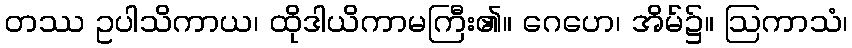
တဿ ဥပါသိကာယ၊ ထိုဒါယိကာမကြီး၏။ ဂေဟေ၊ အိမ်၌။ ဩကာသံ၊